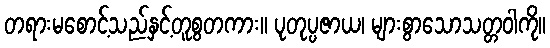
တရားမစောင့်သည်နှင့်တူစွတကား။ ပုတုပ္ပဇာယ၊ များစွာသောသတ္တဝါကို။